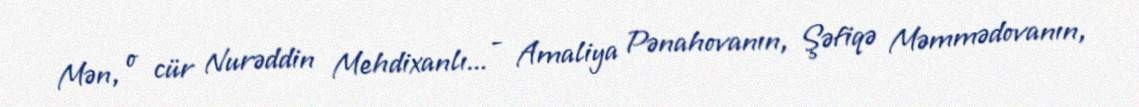
Mən, o cür Nurəddin Mehdixanlı... - Amaliya Pənahovanın, Şəfiqə Məmmədovanın,